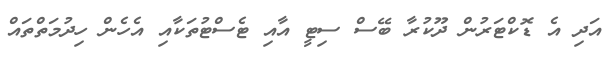
އަދި އެ ޑޮކްޓަރުން ދޫކުރާ ބޭސް ސިޓީ އާއި ޓެސްޓުތަކާއި އެހެން ހިދުމަތްތައް